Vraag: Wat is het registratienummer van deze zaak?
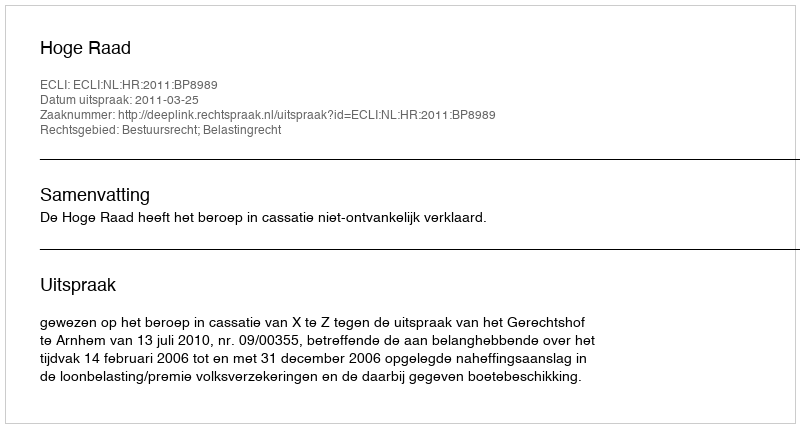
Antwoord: http://deeplink.rechtspraak.nl/uitspraak?id=ECLI:NL:HR:2011:BP8989